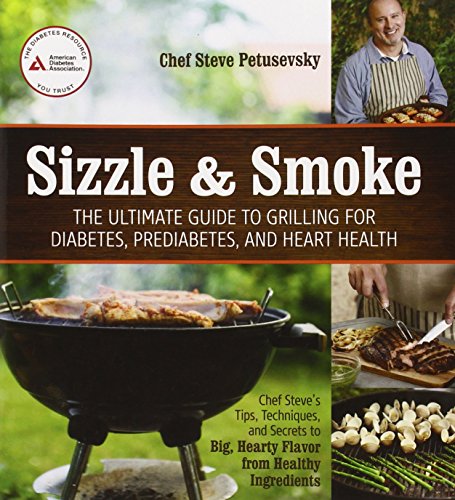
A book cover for Sizzle and Smoke: The Ultimate Guide to Grilling for Diabetes, Prediabetes, and Heart Health; Steven Petusevsky; Cookbooks, Food & Wine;